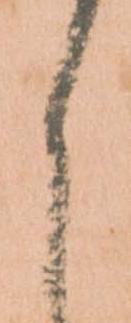
之